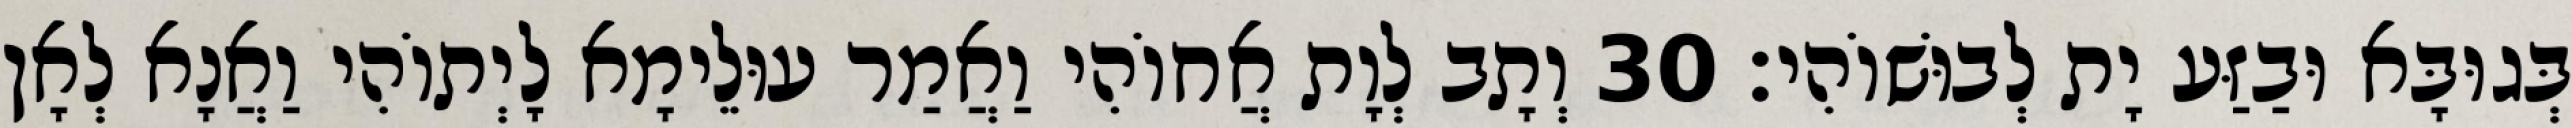
בְּגוּבָּא וּבַזַּע יָת לְבוּשׁוֹהִי׃ 30 וְתָב לְוָת אֲחוֹהִי וַאֲמַר עוּלֵימָא לָיְתוֹהִי וַאֲנָא לְאָן